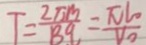
T = \frac { 2 \pi m } { B q } = \frac { \pi l _ { 0 } } { V _ { 0 } }